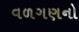
વળગણનો